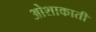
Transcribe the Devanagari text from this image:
ओशाकाती